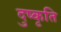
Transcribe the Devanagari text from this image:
दुष्कृति